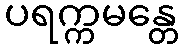
ပရက္ကမန္တေ